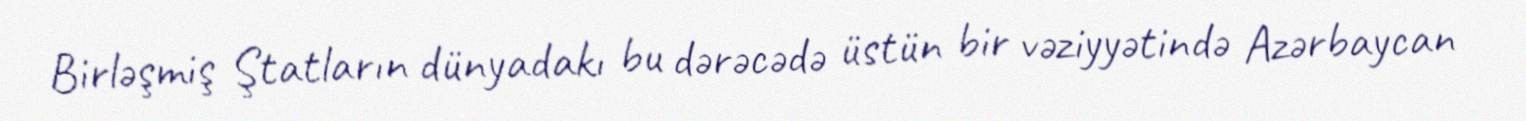
Birləşmiş Ştatların dünyadakı bu dərəcədə üstün bir vəziyyətində Azərbaycan